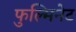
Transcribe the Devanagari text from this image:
फुल्मिनेट